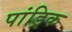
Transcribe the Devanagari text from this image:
पांड्रिक